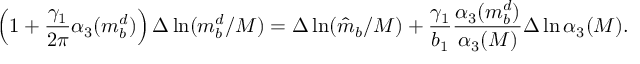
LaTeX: \left( 1 + \frac { \gamma _ { 1 } } { 2 \pi } \alpha _ { 3 } ( m _ { b } ^ { d } ) \right) \Delta \ln ( m _ { b } ^ { d } / M ) = \Delta \ln ( \hat { m } _ { b } / M ) + \frac { \gamma _ { 1 } } { b _ { 1 } } \frac { \alpha _ { 3 } ( m _ { b } ^ { d } ) } { \alpha _ { 3 } ( M ) } \Delta \ln \alpha _ { 3 } ( M ) .